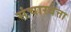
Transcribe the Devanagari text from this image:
संचारवेत्ता